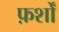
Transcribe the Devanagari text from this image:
फ़र्शों